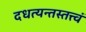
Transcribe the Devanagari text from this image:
दधत्यन्तस्तत्त्वं